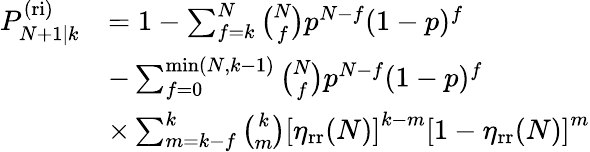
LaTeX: \begin{array}{rl}{P_{N+1|k}^{\mathrm{(ri)}}}&{=1-\sum_{f=k}^{N}\binom{N}{f}p^{N-f}(1-p)^{f}}\\ &{-\sum_{f=0}^{\operatorname*{min}(N,k-1)}\binom{N}{f}p^{N-f}(1-p)^{f}}\\ &{\times\sum_{m=k-f}^{k}\binom{k}{m}\left[\eta_{\mathrm{rr}}(N)\right]^{k-m}\left[1-\eta_{\mathrm{rr}}(N)\right]^{m}}\end{array}